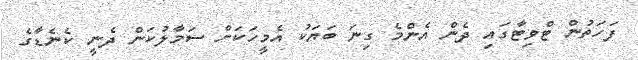
ފަހަތުން ޓްވިޓާގައި ދެން އެންމެ ގިނަ ބަޔަކު އެމީހަކަށް ސަމާލުކަން ދެނީ ކެނެޑާގެ